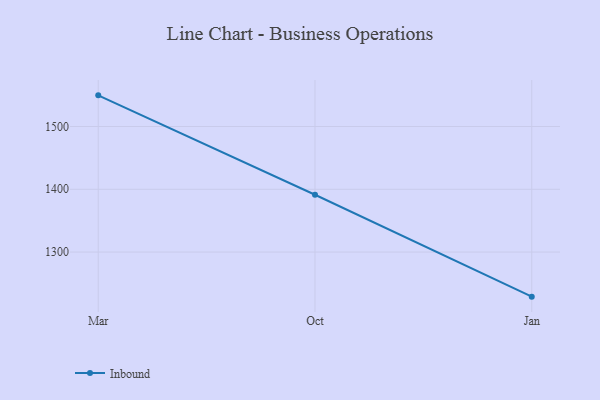
{"axis": {"x": "Month", "y": "Satisfaction Score"}, "legend": ["Inbound"], "data": [{"x": "Mar", "y": 1549.7, "type": "Inbound"}, {"x": "Oct", "y": 1391.3, "type": "Inbound"}, {"x": "Jan", "y": 1228.9, "type": "Inbound"}]}